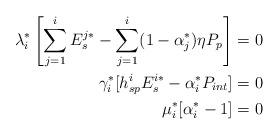
LaTeX: \begin{align*}\lambda_i^*\left[\sum_{j=1}^iE_s^{j*}-\sum_{j=1}^i(1-\alpha_j^*)\eta P_p\right]&=0\\\gamma_i^*[h_{sp}^iE_s^{i*}-\alpha_i^*P_{int}]&=0\\\mu_i^*[\alpha_i^*-1]&=0\end{align*}